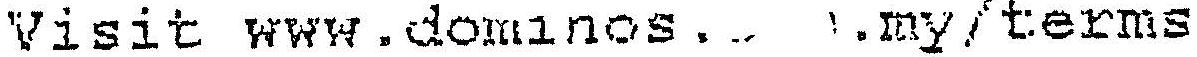
VISIT WWW.DOMINOS. .MY/TERMS